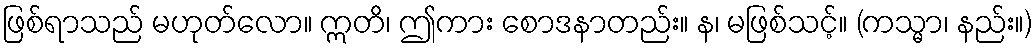
ဖြစ်ရာသည် မဟုတ်လော။ ဣတိ၊ ဤကား စောဒနာတည်း။ န၊ မဖြစ်သင့်။ (ကသ္မာ၊ နည်း။)